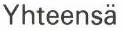
Yhteensä